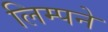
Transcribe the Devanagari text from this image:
लिम्पने